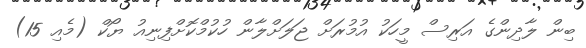
ބިން ލާދިންގެ އަރިސް މީހަކު އުމުރަށް ޖަލަށްލާން ހުކުމްކޮށްފިނިއު ޔޯކް (މެއި 15)